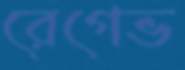
রেগেভ